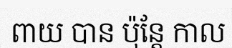
ពាយ បាន ប៉ុន្តែ កាល